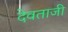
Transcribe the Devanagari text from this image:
देवताजी